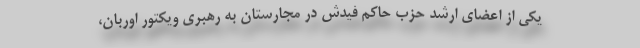
یکی از اعضای ارشد حزب حاکم فیدش در مجارستان به رهبری ویکتور اوربان،